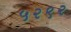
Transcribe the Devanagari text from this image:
५२९२